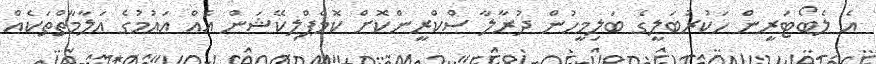
އެ ލެބޯޓަރީން ހަކުރުބަލީގެ ބަލިމީހުން ދުރާލާ ސްކްރީންކޮށް ކޮމްޕްލިކޭޝަން އެއް އައުމުގެ އަލާމާތްތަކެއް